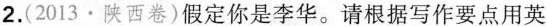
2.(2013·陕西卷)假定你是李华。请根据写作要点用英